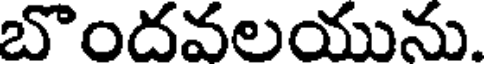
బొందవలయును.